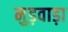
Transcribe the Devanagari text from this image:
मुड़वाड़ा